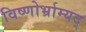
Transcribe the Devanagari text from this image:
विष्णोर्भ्राम्यद्